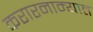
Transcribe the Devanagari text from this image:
करारनाम्यात